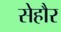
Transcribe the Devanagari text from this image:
सेहौर